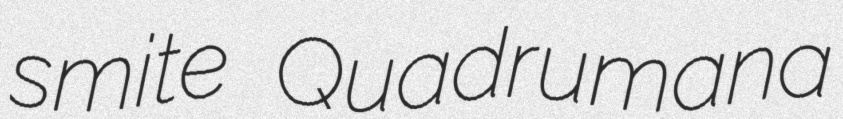
smite Quadrumana